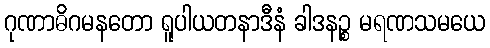
ဂုဏာဓိဂမနတော ရူပါယတနာဒီနံ ခါဒနဉ္စ မရဏသမယေ